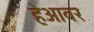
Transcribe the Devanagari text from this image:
हेआवर